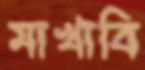
মাখাবি